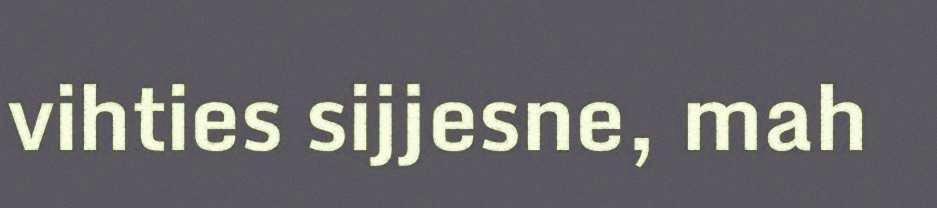
vihties sijjesne, mah